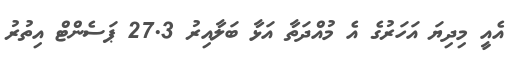
އެއީ މިދިޔަ އަހަރުގެ އެ މުއްދަތާ އަޅާ ބަލާއިރު 27.3 ޕަސެންޓް އިތުރު